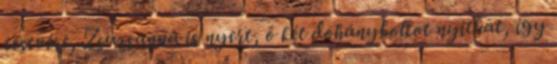
testvére, Zsuzsanna is nyert, ő két dohányboltot nyithat, így